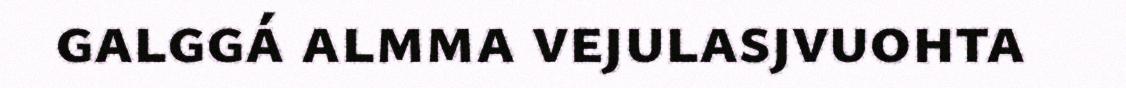
galggá almma vejulasjvuohta